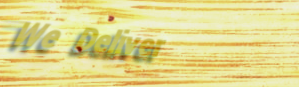
We Deliver